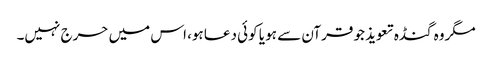
مگروہ گنڈہ تعویذ جو قرآن سے ہو یا کوئی دعا ہو، اس میں حرج نہیں۔